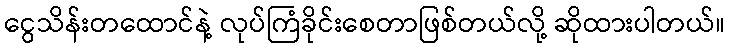
ငွေသိန်းတထောင်နဲ့ လုပ်ကြံခိုင်းစေတာဖြစ်တယ်လို့ ဆိုထားပါတယ်။